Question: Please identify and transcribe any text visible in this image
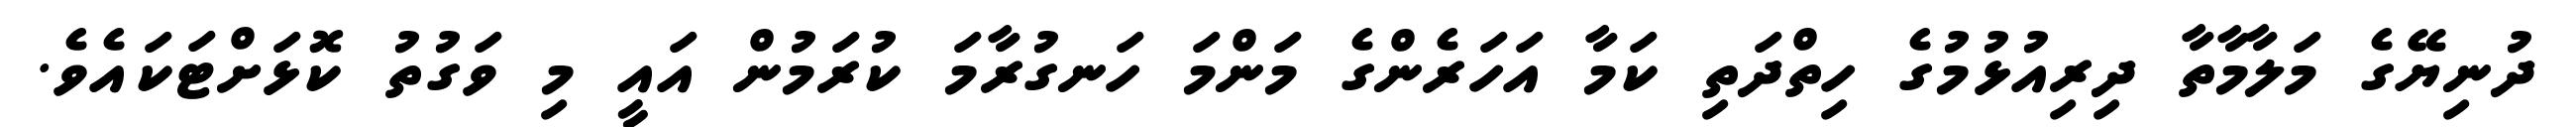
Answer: ދުނިޔޭގެ މަލާމާތާ ދިރިއުޅުމުގެ ހިތްދަތި ކަމާ އަހަރެންގެ މަންމަ ހަނގުރާމަ ކުރަމުން އައީ މި ވަގުތު ކޮޅަށްޓަކައެވެ.